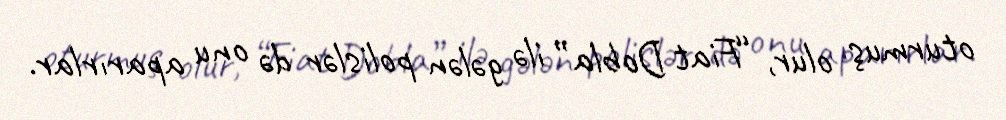
oturmuş olur, “Fiat Dobla” ilə gələn polislər də onu aparırlar.